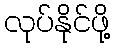
လုပ်နိုင်ဖို့